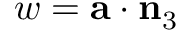
w = \mathbf { a } \cdot \mathbf { n } _ { 3 }